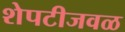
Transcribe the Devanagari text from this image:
शेपटीजवळ